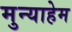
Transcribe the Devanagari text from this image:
मुन्याहेम